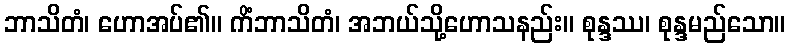
ဘာသိတံ၊ ဟောအပ်၏။ ကိံဘာသိတံ၊ အဘယ်သို့ဟောသနည်း။ စုန္ဒဿ၊ စုန္ဒမည်သော။